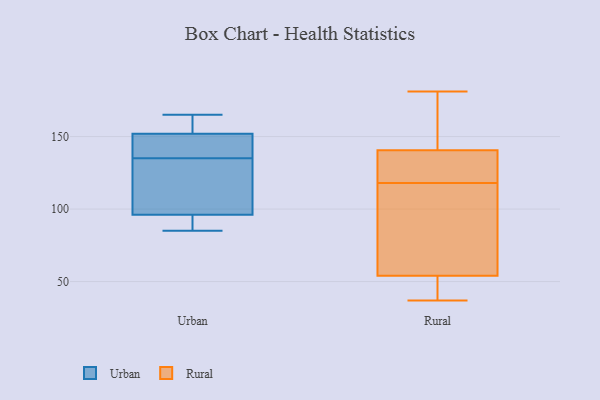
{"axis": {"x": "Population (Million)", "y": "Value"}, "legend": ["Rural", "Urban"], "data": [{"x": "", "y": 162, "type": "Urban"}, {"x": "", "y": 98, "type": "Urban"}, {"x": "", "y": 111, "type": "Urban"}, {"x": "", "y": 144, "type": "Urban"}, {"x": "", "y": 90, "type": "Urban"}, {"x": "", "y": 165, "type": "Urban"}, {"x": "", "y": 142, "type": "Urban"}, {"x": "", "y": 94, "type": "Urban"}, {"x": "", "y": 156, "type": "Urban"}, {"x": "", "y": 128, "type": "Urban"}, {"x": "", "y": 148, "type": "Urban"}, {"x": "", "y": 85, "type": "Urban"}, {"x": "", "y": 179, "type": "Rural"}, {"x": "", "y": 52, "type": "Rural"}, {"x": "", "y": 181, "type": "Rural"}, {"x": "", "y": 113, "type": "Rural"}, {"x": "", "y": 123, "type": "Rural"}, {"x": "", "y": 54, "type": "Rural"}, {"x": "", "y": 151, "type": "Rural"}, {"x": "", "y": 54, "type": "Rural"}, {"x": "", "y": 130, "type": "Rural"}, {"x": "", "y": 108, "type": "Rural"}, {"x": "", "y": 129, "type": "Rural"}, {"x": "", "y": 37, "type": "Rural"}]}